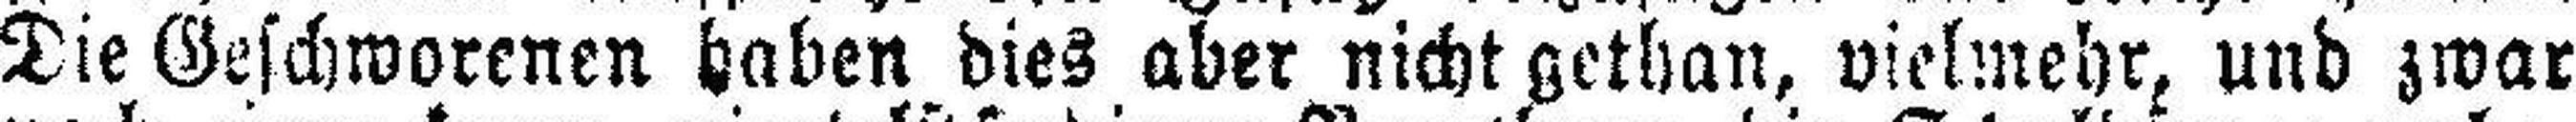
Die Geschworenen haben dies aber nicht gethan, vielmehr, und zwar